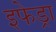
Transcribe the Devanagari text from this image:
इफेड्रा